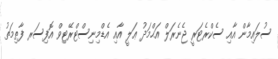
ސުލައިމާން އާއި ސެކްރެޓަރީ ޖެނެރަލް އަޙްމަދު ޢަލީ އާއި އެޑްމިނިސްޓްރޭޓިވް އޮފިސަރ ފާޠިމަތު